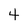
Character: 4